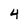
Character: 4